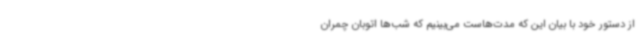
از دستور خود با بیان این که مدت‌هاست می‌بینیم که شب‌ها اتوبان چمران